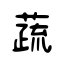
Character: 蔬